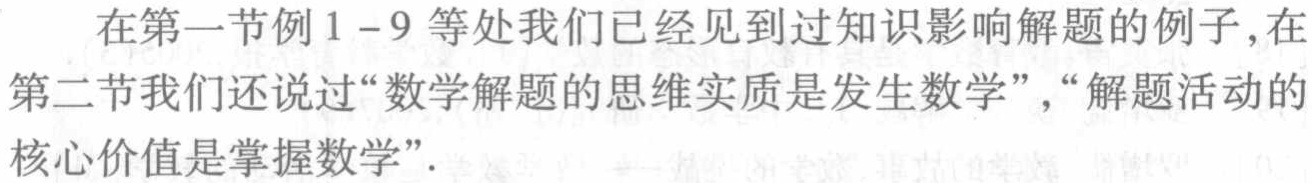
在第一节例1 - 9等处我们已经见到过知识影响解题的例子,在第二节我们还说过“数学解题的思维实质是发生数学”,“解题活动的核心价值是掌握数学”.